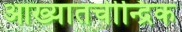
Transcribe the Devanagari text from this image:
आख्यातचीन्द्रिक